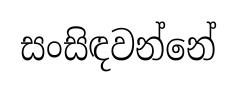
සංසිඳවන්නේ